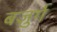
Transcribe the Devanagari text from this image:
बज़ुर्ग